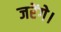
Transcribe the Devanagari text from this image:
जरेंगे।